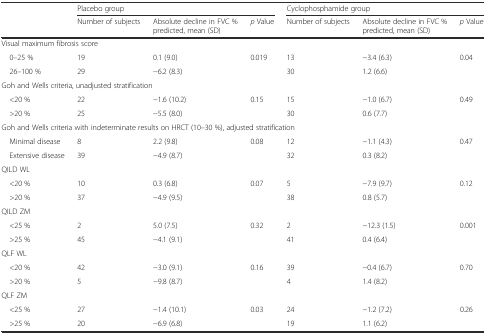
<table><thead><tr><td></td><td colspan="3"><b>Placebo group</b></td><td colspan="3"><b>Cyclophosphamide group</b></td></tr><tr><td></td><td><b>Number of subjects</b></td><td><b>Absolute decline in FVC % predicted, mean (SD)</b></td><td><b><i>p</i> Value</b></td><td><b>Number of subjects</b></td><td><b>Absolute decline in FVC % predicted, mean (SD)</b></td><td><b><i>p</i> Value</b></td></tr></thead><tbody><tr><td colspan="7">Visual maximum fibrosis score</td></tr><tr><td> 0–25 %</td><td>19</td><td>0.1 (9.0)</td><td rowspan="2">0.019</td><td>13</td><td>−3.4 (6.3)</td><td rowspan="2">0.04</td></tr><tr><td> 26–100 %</td><td>29</td><td>−6.2 (8.3)</td><td>30</td><td>1.2 (6.6)</td></tr><tr><td colspan="7">Goh and Wells criteria, unadjusted stratification</td></tr><tr><td> &lt;20 %</td><td>22</td><td>−1.6 (10.2)</td><td rowspan="2">0.15</td><td>15</td><td>−1.0 (6.7)</td><td>0.49</td></tr><tr><td> &gt;20 %</td><td>25</td><td>−5.5 (8.0)</td><td>30</td><td>0.6 (7.7)</td><td></td></tr><tr><td colspan="7">Goh and Wells criteria with indeterminate results on HRCT (10–30 %), adjusted stratification</td></tr><tr><td> Minimal disease</td><td>8</td><td>2.2 (9.8)</td><td rowspan="2">0.08</td><td>12</td><td>−1.1 (4.3)</td><td rowspan="2">0.47</td></tr><tr><td> Extensive disease</td><td>39</td><td>−4.9 (8.7)</td><td>32</td><td>0.3 (8.2)</td></tr><tr><td colspan="7">QILD WL</td></tr><tr><td> &lt;20 %</td><td>10</td><td>0.3 (6.8)</td><td>0.07</td><td>5</td><td>−7.9 (9.7)</td><td>0.12</td></tr><tr><td> &gt;20 %</td><td>37</td><td>−4.9 (9.5)</td><td></td><td>38</td><td>0.8 (5.7)</td><td></td></tr><tr><td colspan="7">QILD ZM</td></tr><tr><td> &lt;25 %</td><td>2</td><td>5.0 (7.5)</td><td rowspan="2">0.32</td><td>2</td><td>−12.3 (1.5)</td><td rowspan="2">0.001</td></tr><tr><td> &gt;25 %</td><td>45</td><td>−4.1 (9.1)</td><td>41</td><td>0.4 (6.4)</td></tr><tr><td colspan="7">QLF WL</td></tr><tr><td> &lt;20 %</td><td>42</td><td>−3.0 (9.1)</td><td rowspan="2">0.16</td><td>39</td><td>−0.4 (6.7)</td><td rowspan="2">0.70</td></tr><tr><td> &gt;20 %</td><td>5</td><td>−9.8 (8.7)</td><td>4</td><td>1.4 (8.2)</td></tr><tr><td colspan="7">QLF ZM</td></tr><tr><td> &lt;25 %</td><td>27</td><td>−1.4 (10.1)</td><td rowspan="2">0.03</td><td>24</td><td>−1.2 (7.2)</td><td rowspan="2">0.26</td></tr><tr><td> &gt;25 %</td><td>20</td><td>−6.9 (6.8)</td><td>19</td><td>1.1 (6.2)</td></tr></tbody></table>